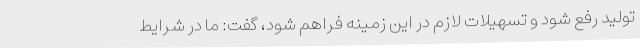
تولید رفع شود و تسهیلات لازم در این زمینه فراهم شود، گفت: ما در شرایط